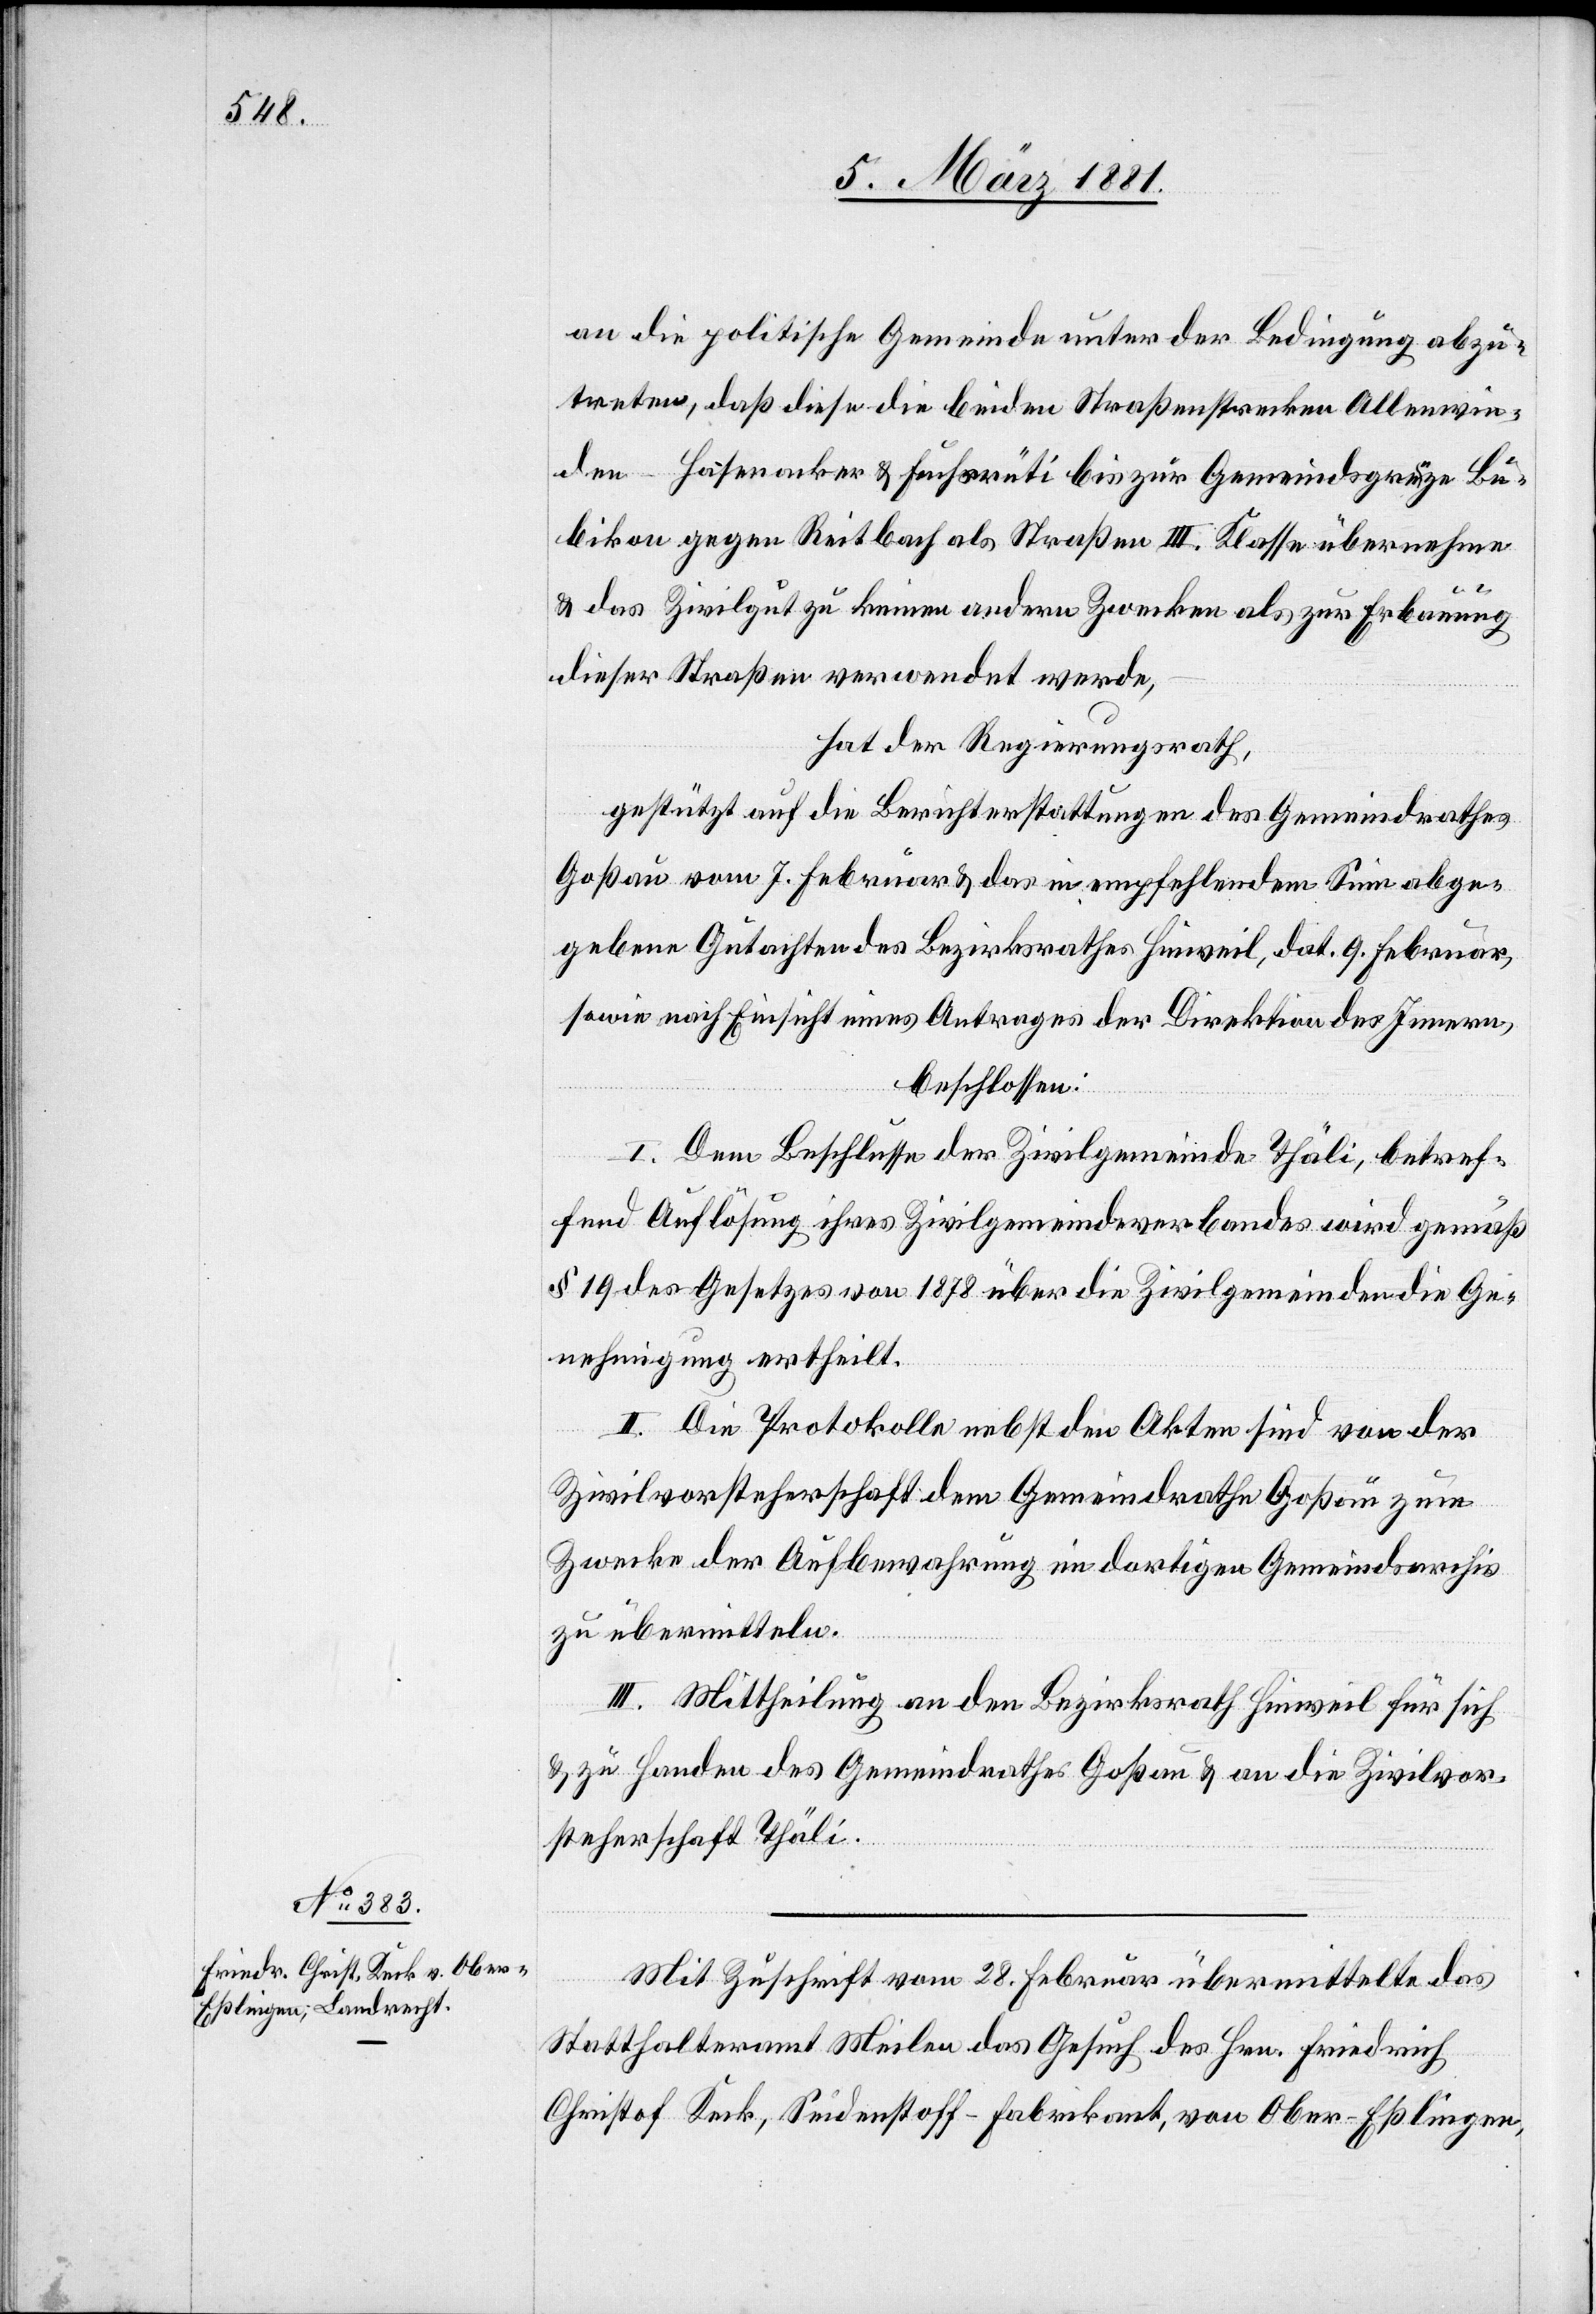
an die politische Gemeinde unter der Bedingung abzu¬
treten, daß diese die beiden Straßenstrecken Allenwin¬
den–Hasenacker & Fuchsrüti bis zur Gemeindsgrenze Bu¬
bikon gegen Reitbach als Straßen III. Klasse übernehme
& das Zivilgut zu keinen andern Zwecken als zur Erbauung
dieser Straßen verwendet werde,
hat der Regierungsrath,
gestützt auf die Berichterstattungen des Gemeindrathes
Goßau vom 7. Februar & das in empfehlendem Sinn abge¬
gebene Gutachten des Bezirksrathes Hinweil, dat. 9. Februar,
sowie nach Einsicht eines Antrages der Direktion des Innern,
beschlossen:
I. Dem Beschlusse der Zivilgemeinde Thäli, betref¬
fend Auflösung ihres Zivilgemeindeverbandes wird gemäß
§ 19 des Gesetzes von 1878 über die Zivilgemeinden die Ge¬
nehmigung ertheilt.
II. Die Protokolle nebst den Akten sind von der
Zivilvorsteherschaft dem Gemeindrathe Goßau zum
Zwecke der Aufbewahrung im dortigen Gemeindearchiv
zu übermitteln.
III. Mittheilung an den Bezirksrath Hinweil für sich
& zu Handen des Gemeindrathes Goßau & an die Zivilvor¬
steherschaft Thäli.
Mit Zuschrift vom 28. Februar übermittelte das
Statthalteramt Meilen das Gesuch des Hrn. Friedrich
Christof Keck, Seidenstoff-Fabrikant, von Ober-Eßlingen,